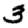
Digit: 3